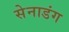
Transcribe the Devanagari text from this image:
सेनाडंग